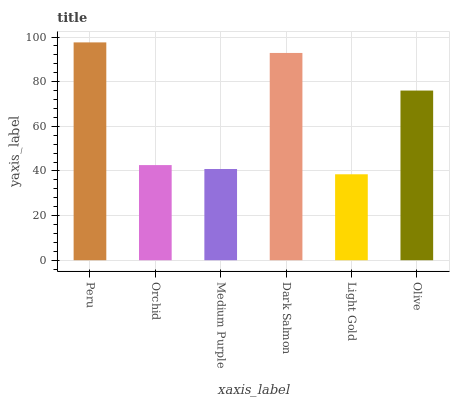
| xaxis_label | bars |
 | --- | --- |
 | Peru | 97.6 |
 | Orchid | 42.6 |
 | Medium Purple | 40.9 |
 | Dark Salmon | 92.9 |
 | Light Gold | 38.5 |
 | Olive | 76 |